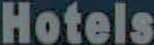
Hotels